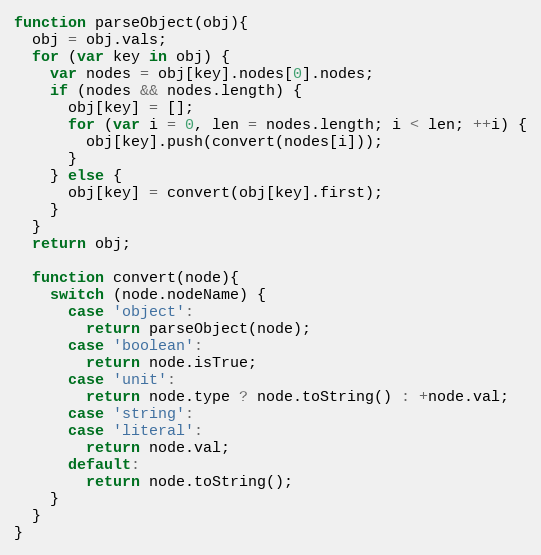
Language: JavaScript
function parseObject(obj){
  obj = obj.vals;
  for (var key in obj) {
    var nodes = obj[key].nodes[0].nodes;
    if (nodes && nodes.length) {
      obj[key] = [];
      for (var i = 0, len = nodes.length; i < len; ++i) {
        obj[key].push(convert(nodes[i]));
      }
    } else {
      obj[key] = convert(obj[key].first);
    }
  }
  return obj;

  function convert(node){
    switch (node.nodeName) {
      case 'object':
        return parseObject(node);
      case 'boolean':
        return node.isTrue;
      case 'unit':
        return node.type ? node.toString() : +node.val;
      case 'string':
      case 'literal':
        return node.val;
      default:
        return node.toString();
    }
  }
}